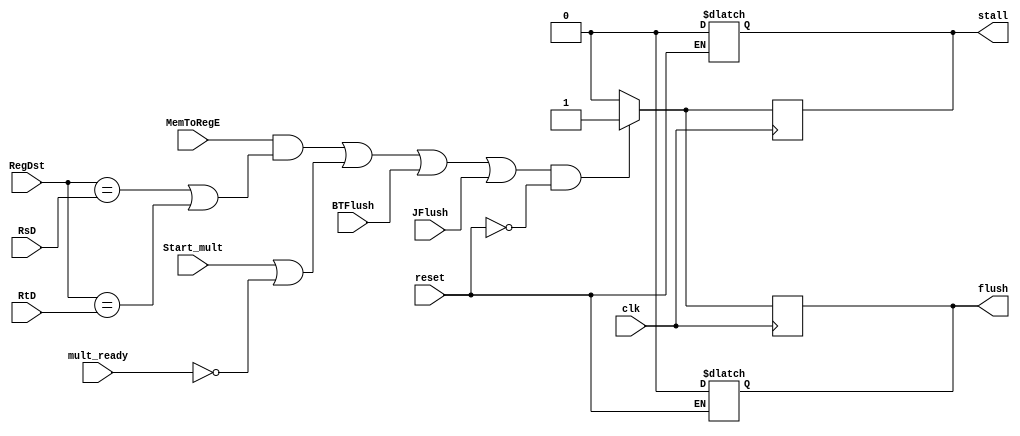
module hazard_unit(	input clk,
					input MemToRegE,
					input reset,
					input Start_mult, mult_ready, BTFlush, JFlush,
					input [4:0] RegDst, RsD, RtD,
					output reg stall, flush);

/*	HAZARD UNIT THAT WILL STALL FOR STALL HAZARDS (LOAD-USE)
	CHECK IF REGDST AT DECODE STAGE == WRITE REG */
	always@(*) if(reset) begin
	stall <= 0; flush <= 0;	
	end
	always@(posedge clk) begin
	#1
	stall <= 0; flush <= 0;	
	if (	(
			((MemToRegE) && ((RegDst == RsD) || (RegDst == RtD))) || 	
			(Start_mult || !mult_ready) || BTFlush || JFlush
			) && 
			(!reset)) begin
		stall <= 1; flush <= 1;
	end
end
endmodule // hazard_unit